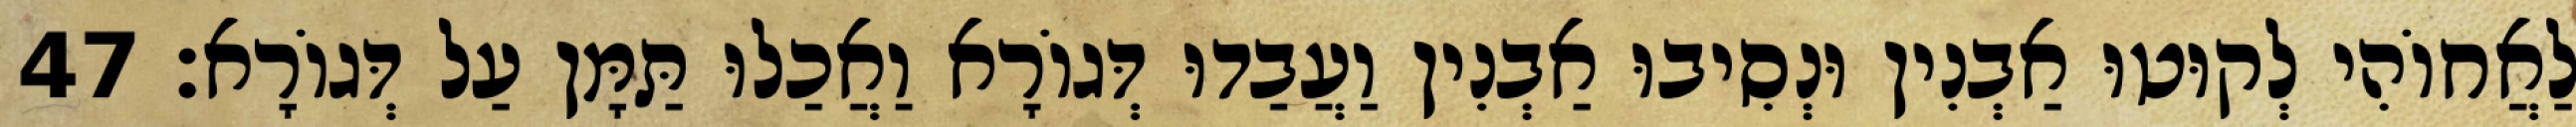
לַאֲחוֹהִי לְקוּטוּ אַבְנִין וּנְסִיבוּ אַבְנִין וַעֲבַדוּ דְּגוֹרָא וַאֲכַלוּ תַּמָּן עַל דְּגוֹרָא׃ 47